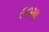
૯૦મા